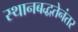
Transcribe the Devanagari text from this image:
स्थानबद्धतेनंतर